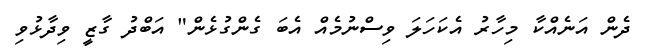
ދެން އަނެއްކާ މިހާރު އެކަހަލަ ވިސްނުމެއް އެބަ ގެންގުޅެން" އަބްދު ގާޒީ ވިދާޅުވި